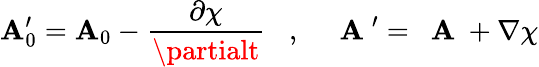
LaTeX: \mathbf{A}_{0}^{\prime}=\mathbf{A}_{0}-\frac{{\partial\chi}}{{\partialt}}\; \; \; ,\; \; \; \mathrm{{~\mathbf{~}\mathbf{A}~}}^{\prime}=\mathrm{{~\mathbf{~}\mathbf{A}~}}+\nabla\chi